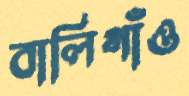
বালিগাঁও